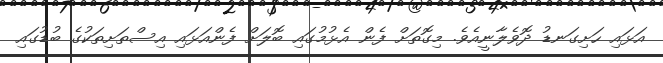
އަޅައި ހަށިގަނޑު ދޮވެލާނީއެވެ. މިގޮތަށް ފެން އެޅުމުގައި ބޮލަށް ފެންއަޅައި އިސްތަށިތަކުގެ ބުޑުގައި